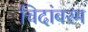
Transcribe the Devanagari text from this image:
चिदांबरम